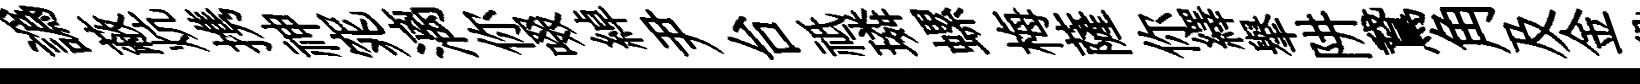
譌蔽炕携神窕漓你啜綽尹台祗璘螺梅薩你繹𦦙阱鵞角及金段